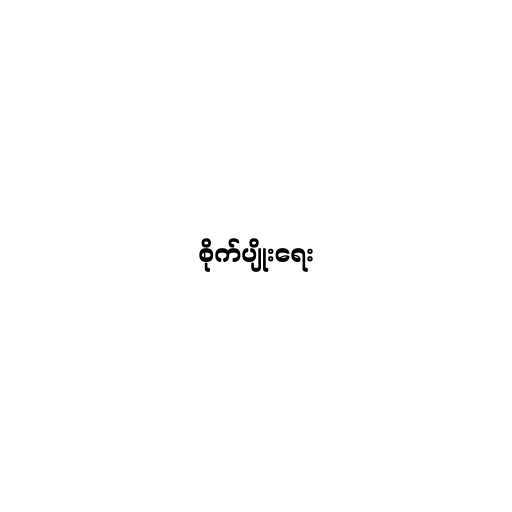
စိုက်ပျိုးရေး